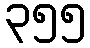
၃၅၅